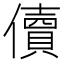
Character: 儥